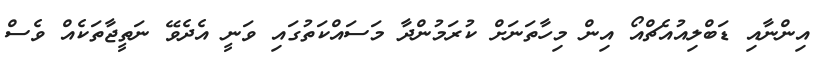
އިންނާއި ޑަބްލިއުއެޗްއޯ އިން މިހާތަނަށް ކުރަމުންދާ މަސައްކަތުގައި ވަނީ އެދެވޭ ނަތީޖާތަކެއް ވެސް